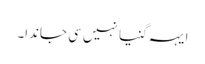
ایہہ گنیا نہیں سی جاندا۔